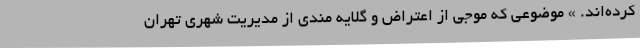
کرده‌اند. » موضوعی که موجی از اعتراض و گلایه مندی از مدیریت شهری تهران